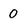
Character: 0